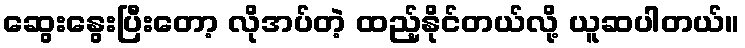
ဆွေးနွေးပြီးတော့ လိုအပ်တဲ့ ထည့်နိုင်တယ်လို့ ယူဆပါတယ်။